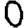
Digit: 0